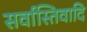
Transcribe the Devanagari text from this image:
सर्वास्तिवादि